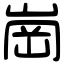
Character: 崗